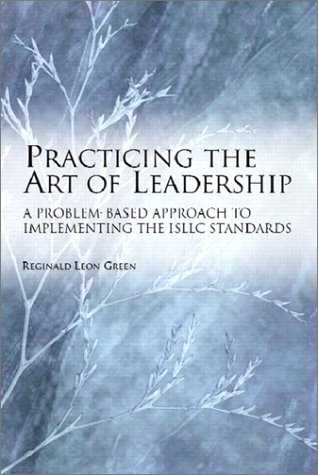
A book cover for Practicing the Art of Leadership: A Problem-based Approach to Implementing the ISLLC Standards; Reginald Leon Green; Health, Fitness & Dieting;